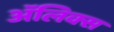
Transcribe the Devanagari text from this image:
ॲलिक्स